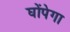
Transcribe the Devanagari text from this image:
घोंपेगा